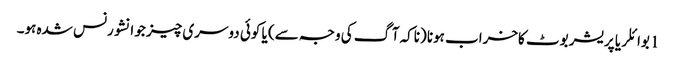
1 بوائلر یا پریشر بوٹ کاخراب ہونا (ناکہ آگ کی وجہ سے) یا کوئی دوسری چیز جو انشورنس شدہ ہو۔